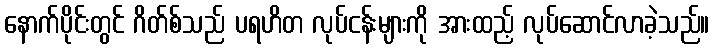
နောက်ပိုင်းတွင် ဂိတ်စ်သည် ပရဟိတ လုပ်ငန်းများကို အားထည့် လုပ်ဆောင်လာခဲ့သည်။